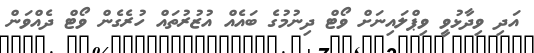
އަދި ވިދާޅުވީ ވިޕްލައިނަށް ވޯޓް ދިނުމުގެ ބައެއް އުޒުރުތައް ހުރެގެން ވޯޓް ދެއްވަން